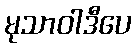
မုသာဝါဒီပေ